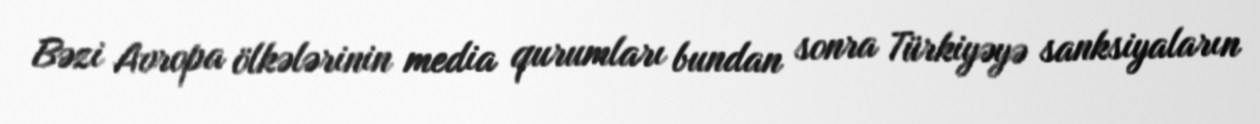
Bəzi Avropa ölkələrinin media qurumları bundan sonra Türkiyəyə sanksiyaların